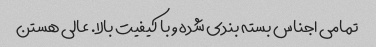
تمامی اجناس بسته بندی شده و با کیفیت بالا. عالی هستن